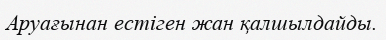
Аруағынан естіген жан қалшылдайды.